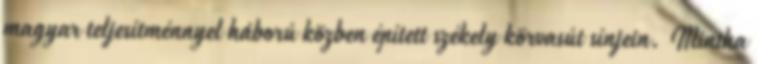
magyar teljesítménnyel háború közben épített székely körvasút sínjein. Mintha